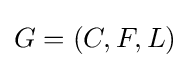
G=(C,F,L)